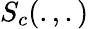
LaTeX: S_{c}(.,.)